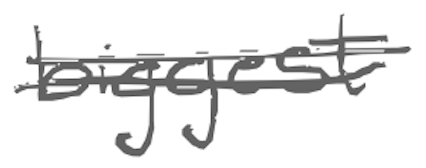
Text: biggest
Cross-out: double-line
Writing tool: digital_gray